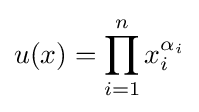
u(x)=\prod _{i=1}^{n}x_{i}^{\alpha _{i}}